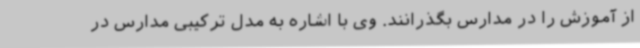
از آموزش را در مدارس بگذرانند. وی با اشاره به مدل ترکیبی مدارس در